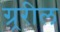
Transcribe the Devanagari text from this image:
ग्र्ररील